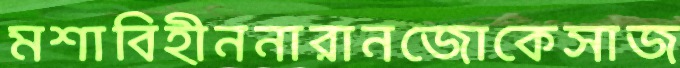
মশাবিহীননারানজোকেসাজ